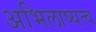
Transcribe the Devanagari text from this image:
अभिलाष्यत्व